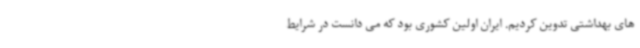
های بهداشتی تدوین کردیم. ایران اولین کشوری بود که می دانست در شرایط